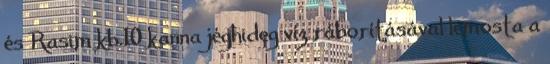
és Rasim kb.10 kanna jéghideg víz ráborításával lemosta a